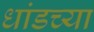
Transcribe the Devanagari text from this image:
धांडच्या